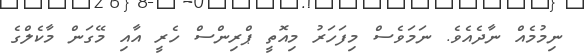
ނިމުމެއް ނާދެއެވެ. ނަމަވެސް މިފަހަރު މިއޮތީ ޕްރިންސް ހެރީ އާއި މޭގަން މާކެލްގެ